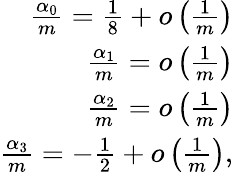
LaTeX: \begin{array}{r}{\frac{\alpha_{0}}{m}=\frac{1}{8}+o\left(\frac{1}{m}\right)}\\ {\frac{\alpha_{1}}{m}=o\left(\frac{1}{m}\right)}\\ {\frac{\alpha_{2}}{m}=o\left(\frac{1}{m}\right)}\\ {\frac{\alpha_{3}}{m}=-\frac{1}{2}+o\left(\frac{1}{m}\right),}\end{array}